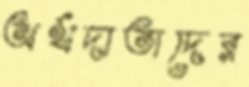
অর্থদাতাদের